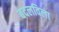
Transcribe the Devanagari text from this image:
बदलविला